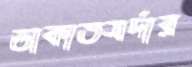
ডাকাতসর্দার